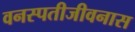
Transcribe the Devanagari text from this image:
वनस्पतीजीवनास